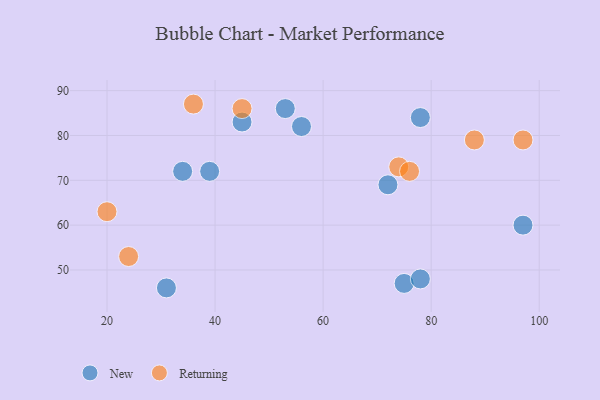
{"axis": {"x": "GDP", "y": "Life Expectancy"}, "legend": ["New", "Returning"], "data": [{"x": "72", "y": 69, "type": "New"}, {"x": "39", "y": 72, "type": "New"}, {"x": "56", "y": 82, "type": "New"}, {"x": "75", "y": 47, "type": "New"}, {"x": "78", "y": 84, "type": "New"}, {"x": "31", "y": 46, "type": "New"}, {"x": "45", "y": 83, "type": "New"}, {"x": "34", "y": 72, "type": "New"}, {"x": "53", "y": 86, "type": "New"}, {"x": "78", "y": 48, "type": "New"}, {"x": "97", "y": 60, "type": "New"}, {"x": "45", "y": 86, "type": "Returning"}, {"x": "74", "y": 73, "type": "Returning"}, {"x": "24", "y": 53, "type": "Returning"}, {"x": "76", "y": 72, "type": "Returning"}, {"x": "36", "y": 87, "type": "Returning"}, {"x": "97", "y": 79, "type": "Returning"}, {"x": "20", "y": 63, "type": "Returning"}, {"x": "88", "y": 79, "type": "Returning"}]}